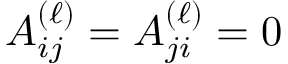
A _ { i j } ^ { ( \ell ) } = A _ { j i } ^ { ( \ell ) } = 0